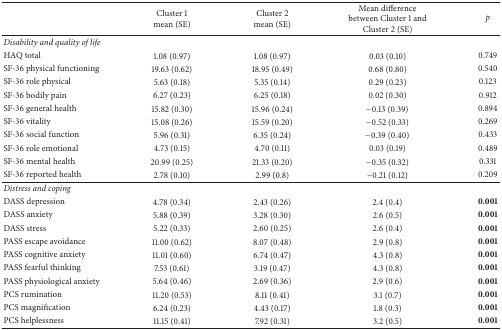
<table><thead><tr><td><b> </b></td><td><b>Cluster 1 mean (SE)</b></td><td><b>Cluster 2 mean (SE)</b></td><td><b>Mean difference between Cluster 1 and Cluster 2 (SE)</b></td><td><b><i>p</i></b></td></tr></thead><tbody><tr><td><i>Disability and quality of life</i></td><td> </td><td> </td><td> </td><td> </td></tr><tr><td>HAQ total</td><td>1.08 (0.97)</td><td>1.08 (0.97)</td><td>0.03 (0.10) </td><td>0.749</td></tr><tr><td>SF-36 physical functioning</td><td>19.63 (0.62)</td><td>18.95 (0.49)</td><td>0.68 (0.80)</td><td>0.540</td></tr><tr><td>SF-36 role physical</td><td>5.63 (0.18)</td><td>5.35 (0.14)</td><td>0.29 (0.23)</td><td>0.123</td></tr><tr><td>SF-36 bodily pain</td><td>6.27 (0.23)</td><td>6.25 (0.18)</td><td>0.02 (0.30)</td><td>0.912</td></tr><tr><td>SF-36 general health</td><td>15.82 (0.30)</td><td>15.96 (0.24)</td><td>−0.13 (0.39)</td><td>0.894</td></tr><tr><td>SF-36 vitality</td><td>15.08 (0.26)</td><td>15.59 (0.20)</td><td>−0.52 (0.33)</td><td>0.269</td></tr><tr><td>SF-36 social function</td><td>5.96 (0.31)</td><td>6.35 (0.24)</td><td>−0.39 (0.40)</td><td>0.433</td></tr><tr><td>SF-36 role emotional </td><td>4.73 (0.15)</td><td>4.70 (0.11)</td><td>0.03 (0.19)</td><td>0.489</td></tr><tr><td>SF-36 mental health</td><td>20.99 (0.25) </td><td>21.33 (0.20)</td><td>−0.35 (0.32)</td><td>0.331</td></tr><tr><td>SF-36 reported health</td><td>2.78 (0.10)</td><td>2.99 (0.8)</td><td>−0.21 (0.12)</td><td>0.209</td></tr><tr><td><i>Distress and coping</i></td><td> </td><td> </td><td> </td><td> </td></tr><tr><td>DASS depression</td><td>4.78 (0.34)</td><td>2.43 (0.26)</td><td>2.4 (0.4)</td><td><b>0.001</b></td></tr><tr><td>DASS anxiety</td><td>5.88 (0.39)</td><td>3.28 (0.30)</td><td>2.6 (0.5)</td><td><b>0.001</b></td></tr><tr><td>DASS stress</td><td>5.22 (0.33)</td><td>2.60 (0.25)</td><td>2.6 (0.4)</td><td><b>0.001</b></td></tr><tr><td>PASS escape avoidance</td><td>11.00 (0.62)</td><td>8.07 (0.48)</td><td>2.9 (0.8)</td><td><b>0.001</b></td></tr><tr><td>PASS cognitive anxiety</td><td>11.01 (0.60)</td><td>6.74 (0.47)</td><td>4.3 (0.8)</td><td><b>0.001</b></td></tr><tr><td>PASS fearful thinking</td><td>7.53 (0.61)</td><td>3.19 (0.47)</td><td>4.3 (0.8)</td><td><b>0.001</b></td></tr><tr><td>PASS physiological anxiety</td><td>5.64 (0.46)</td><td>2.69 (0.36)</td><td>2.9 (0.6)</td><td><b>0.001</b></td></tr><tr><td>PCS rumination</td><td>11.20 (0.53)</td><td>8.11 (0.41)</td><td>3.1 (0.7)</td><td><b>0.001</b></td></tr><tr><td>PCS magnification</td><td>6.24 (0.23)</td><td>4.43 (0.17)</td><td>1.8 (0.3)</td><td><b>0.001</b></td></tr><tr><td>PCS helplessness</td><td>11.15 (0.41)</td><td>7.92 (0.31)</td><td>3.2 (0.5)</td><td><b>0.001</b></td></tr></tbody></table>